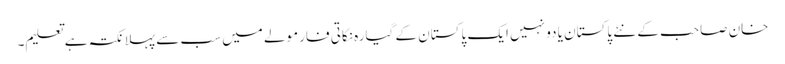
خان صاحب کے نئے پاکستان یا دو نہیں ایک پاکستان کے گیارہ نکاتی فارمولے میں سب سے پہلا نکتہ ہے تعلیم۔